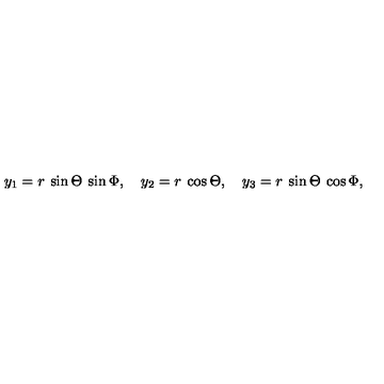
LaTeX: y _ { 1 } = r \: \sin \Theta \: \sin \Phi , \quad y _ { 2 } = r \: \cos \Theta , \quad y _ { 3 } = r \: \sin \Theta \: \cos \Phi ,